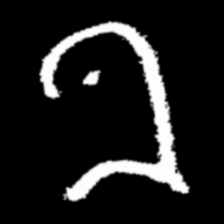
Pyu character \u2014 Myanmar letter: ခ (romanized: kha)